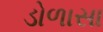
ડોળાસા